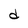
Character: d